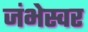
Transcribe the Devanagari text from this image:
जंभेस्वर